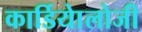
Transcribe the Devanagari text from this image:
कार्डियाेलोजी